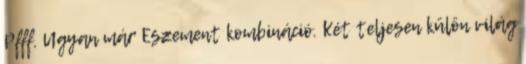
Pfff. Ugyan már Eszement kombináció. Két teljesen külön világ